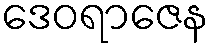
ဒေဝရာဇေန